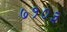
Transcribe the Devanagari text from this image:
७१०३